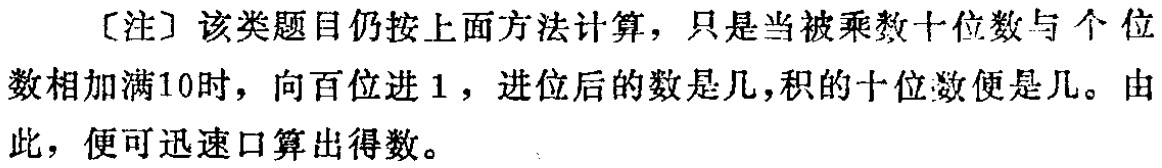
[注] 该类题目仍按上面方法计算，只是当被乘数十位数与个位数相加满10时，向百位进 1，进位后的数是几，积的十位数便是几。由此，便可迅速口算出得数。